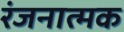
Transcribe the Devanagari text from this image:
रंजनात्मक